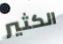
الكثير